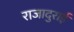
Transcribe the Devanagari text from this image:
राजादुराई